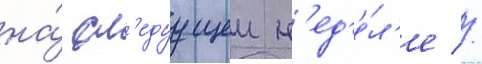
на́ сл'едуущеи н'ед'е́л'е //